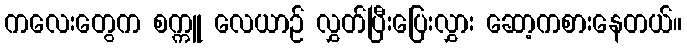
ကလေးတွေက စက္ကူ လေယာဉ် လွှတ်ပြီးပြေးလွှား ဆော့ကစားနေတယ်။